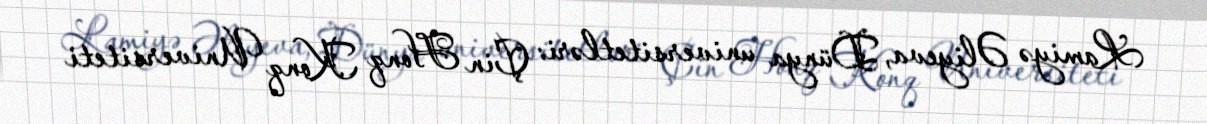
Lamiyə Əliyeva, Dünya universitetləri: Çin Honq Konq Universiteti